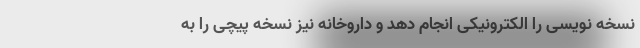
نسخه نویسی را الکترونیکی انجام دهد و داروخانه نیز نسخه پیچی را به